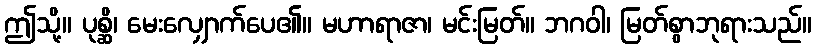
ဤသို့။ ပုစ္ဆိ၊ မေးလျှောက်ပေ၏။ မဟာရာဇာ၊ မင်းမြတ်။ ဘဂဝါ၊ မြတ်စွာဘုရားသည်။